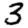
Digit: 3